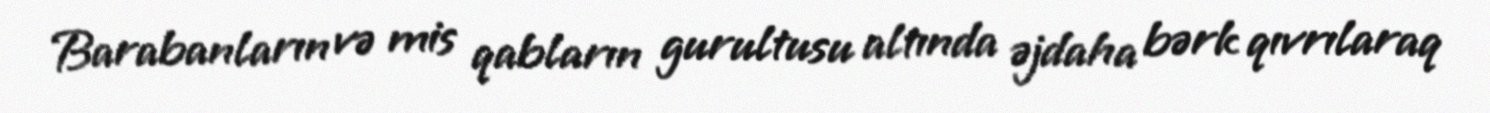
Barabanların və mis qabların gurultusu altında əjdaha bərk qıvrılaraq